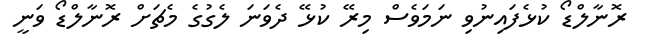
ރޮނާލްޑޯ ކުޅެފައިނުވި ނަމަވެސް މިރޭ ކުޅޭ ދެވަނަ ލެގުގެ މެޗަށް ރޮނާލްޑޯ ވަނީ